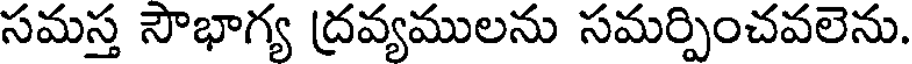
సమస్త సౌభాగ్య ద్రవ్యములను సమర్పించవలెను.